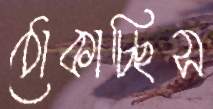
ঠোকাচ্ছিস